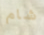
شام